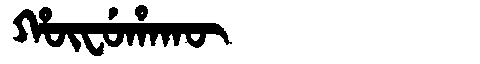
Manchu: ᡥᡡᠸᡠᡥᠠᡴᡡ
Romanization: HŪFUHAKŪ